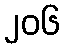
၂၀၆